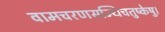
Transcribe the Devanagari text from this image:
वामचरणसन्धिचतुष्केषु।